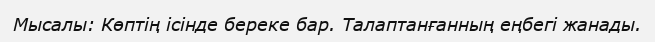
Мысалы: Көптің ісінде береке бар. Талаптанғанның еңбегі жанады.